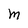
Character: M